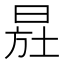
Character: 𣌷